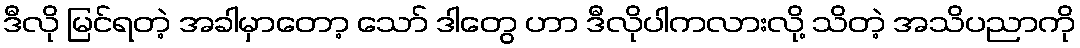
ဒီလို မြင်ရတဲ့ အခါမှာတော့ သော် ဒါတွေ ဟာ ဒီလိုပါကလားလို့ သိတဲ့ အသိပညာကို